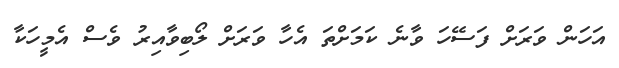
އަހަން ވަރަށް ފަސޭހަ ވާނެ ކަމަށްތަ އެހާ ވަރަށް ލޯބިވާއިރު ވެސް އެމީހަކާ